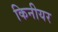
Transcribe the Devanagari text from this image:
किनीयर